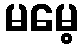
မမေ့